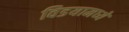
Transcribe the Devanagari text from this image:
विडयामध्ये